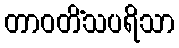
တာဝတိံသပရိသာ